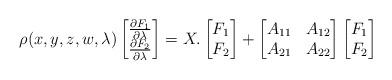
LaTeX: \begin{align*}\rho(x,y,z,w,\lambda)\begin{bmatrix}\frac{\partial F_1}{\partial \lambda}\\\frac{\partial F_2}{\partial \lambda}\end{bmatrix}=X.\begin{bmatrix}F_1 \\ F_2\end{bmatrix}+\begin{bmatrix}A_{11} & A_{12} \\A_{21} & A_{22}\end{bmatrix}\begin{bmatrix}F_1 \\F_2\end{bmatrix}\end{align*}